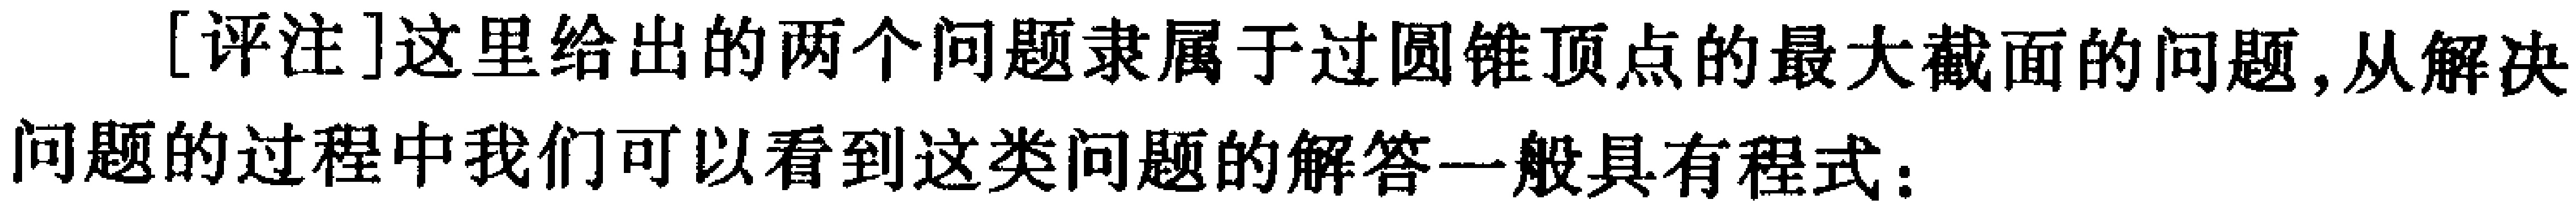
[评注]这里给出的两个问题隶属于过圆锥顶点的最大截面的问题,从解决问题的过程中我们可以看到这类问题的解答一般具有程式：